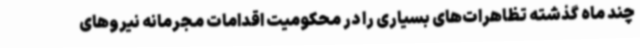
چند ماه گذشته تظاهرات‌های بسیاری را در محکومیت اقدامات مجرمانه نیروهای